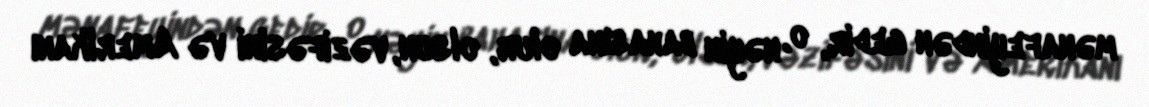
mənafeyindən gedir, o, nəyin bahasına olur, olsun, vəzifəsini və Amerikanı